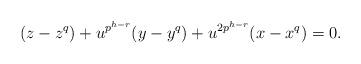
LaTeX: \begin{align*} (z-z^q)+u^{p^{h-r}}(y-y^q)+u^{2p^{h-r}}(x-x^q)=0.\end{align*}